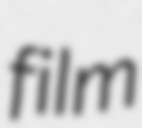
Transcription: film